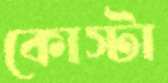
কোস্টা